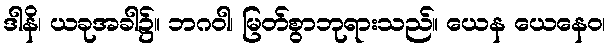
ဒါနိ၊ ယခုအခါ၌။ ဘဂဝါ၊ မြတ်စွာဘုရားသည်။ ယေန ယေနေဝ၊